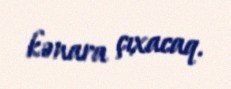
kənara çıxacaq.